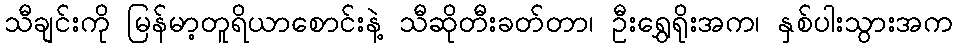
သီချင်းကို မြန်မာ့တူရိယာစောင်းနဲ့ သီဆိုတီးခတ်တာ၊ ဦးရွှေရိုးအက၊ နှစ်ပါးသွားအက